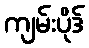
ကျမ်းပိုဒ်